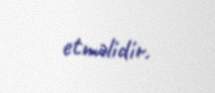
etməlidir.